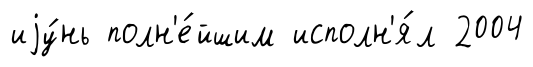
иjу́нь полн'е́йшим исполн'я́л 2004